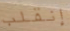
إنقلب